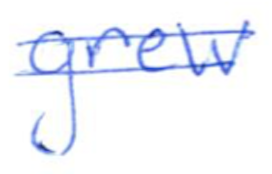
Text: grew
Cross-out: double-line
Writing tool: ballpoint